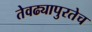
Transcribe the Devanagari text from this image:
तेवढ्यापुरतेच